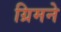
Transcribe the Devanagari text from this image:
ग्रिमने